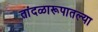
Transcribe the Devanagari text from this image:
तांदळारूपातल्या